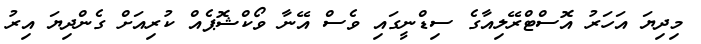
މިދިޔަ އަހަރު އޮސްޓްރޭލިއާގެ ސިޑްނީގައި ވެސް އޭނާ ވޯކްޝޮޕެއް ކުރިއަށް ގެންދިޔަ އިރު